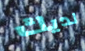
لديك